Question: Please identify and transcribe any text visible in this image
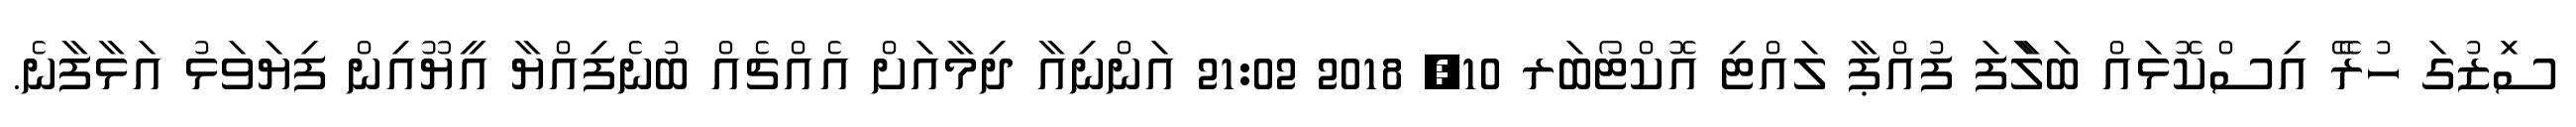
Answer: ސަިޒުގަ ހުރެޭ އިސްކޮޅައް ބަލަާފަ ފުއްޕާ ލައްޓި އޮކްޓޯބަރ 10, 2018 21:02 އަންނިއާ ދިމާއަށް އެއްޗެއް ބުނެފިއްޔާ އީޔޫއިން ފިޔަވަޅު އަޅާފާނެ.